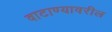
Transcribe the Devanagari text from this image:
वाटाण्यावरील